Insane asylums in Bengal annual reports 1867-1875 - 1867-1875
Year: 1867
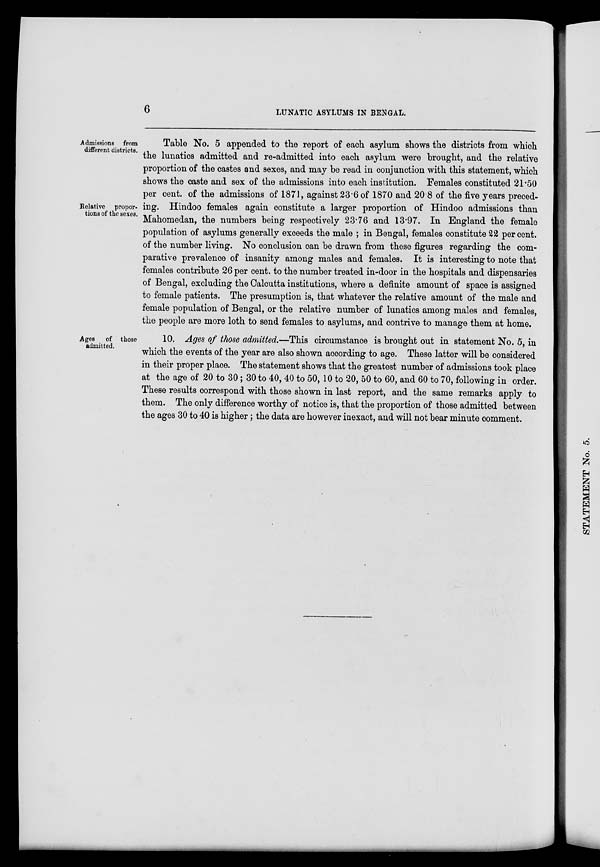
6
LUNATIC ASYLUMS IN BENGAL.
Admissions from
different districts.
Relative propor-
tions of the sexes.
Table No. 5 appended to the report of each asylum shows the districts from which
the lunatics admitted and re-admitted into each asylum were brought, and the relative
proportion of the castes and sexes, and may be read in conjunction with this statement, which
shows the caste and sex of the admissions into each institution. Females constituted 21.50
per cent. of the admissions of 1871, against 23.6 of 1870 and 20.8 of the five years preced-
ing. Hindoo females again constitute a larger proportion of Hindoo admissions than
Mahomedan, the numbers being respectively 23.76 and 13.97. In England the female
population of asylums generally exceeds the male ; in Bengal, females constitute 22 per cent.
of the number living. No conclusion can be drawn from these figures regarding the com-
parative prevalence of insanity among males and females. It is interesting to note that
females contribute 26 per cent. to the number treated in-door in the hospitals and dispensaries
of Bengal, excluding the Calcutta institutions, where a definite amount of space is assigned
to female patients. The presumption is, that whatever the relative amount of the male and
female population of Bengal, or the relative number of lunatics among males and females,
the people are more loth to send females to asylums, and contrive to manage them at home.
Ages of those
admitted.
10. Ages of those admitted.—This circumstance is brought out in statement No. 5, in
which the events of the year are also shown according to age. These latter will be considered
in their proper place. The statement shows that the greatest number of admissions took place
at the age of 20 to 30; 30 to 40, 40 to 50, 10 to 20, 50 to 60, and 60 to 70, following in order.
These results correspond with those shown in last report, and the same remarks apply to
them. The only difference worthy of notice is, that the proportion of those admitted between
the ages 30 to 40 is higher; the data are however inexact, and will not bear minute comment.